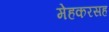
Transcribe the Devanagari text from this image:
मेहकरसह